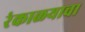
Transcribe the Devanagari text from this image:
रंकाळयाचा